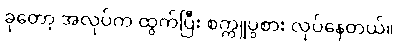
ခုတော့ အလုပ်က ထွက်ပြီး စက္ကူပွဲစား လုပ်နေတယ်။